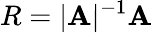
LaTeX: R=|\mathbf{A}|^{-1}\mathbf{A}